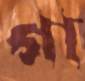
গা